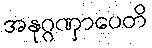
အနုဂ္ဂဏှာပေတိ